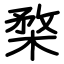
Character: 楘